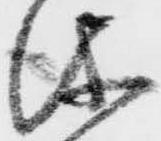
儀